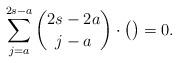
LaTeX: \begin{align*} \sum_{j=a}^{2s-a}\binom {2s-2a}{j-a}\cdot\big(\big)=0.\end{align*}